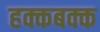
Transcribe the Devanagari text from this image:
हक्कबक्क